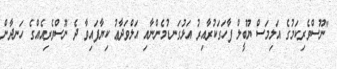
"ނޫސްވެރިކަމުގެ އަލިމަސް ޔޫބީލް ފާހަގަކުރާއިރު އަޅުގަނޑުމެންނާއި އަލްވަދާޢު ކިޔާފައިވާ ދެ ނޫސްވެރިއެއްގެ ހަނދާން